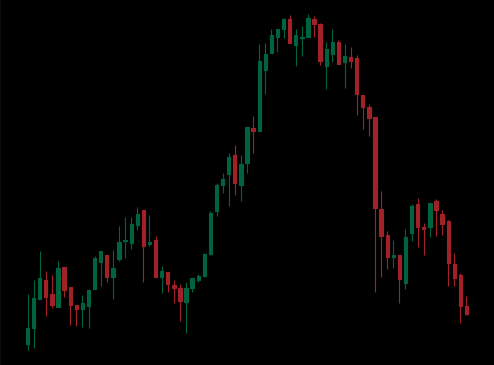
Pattern: head_shoulders